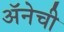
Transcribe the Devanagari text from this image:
अॅनेची